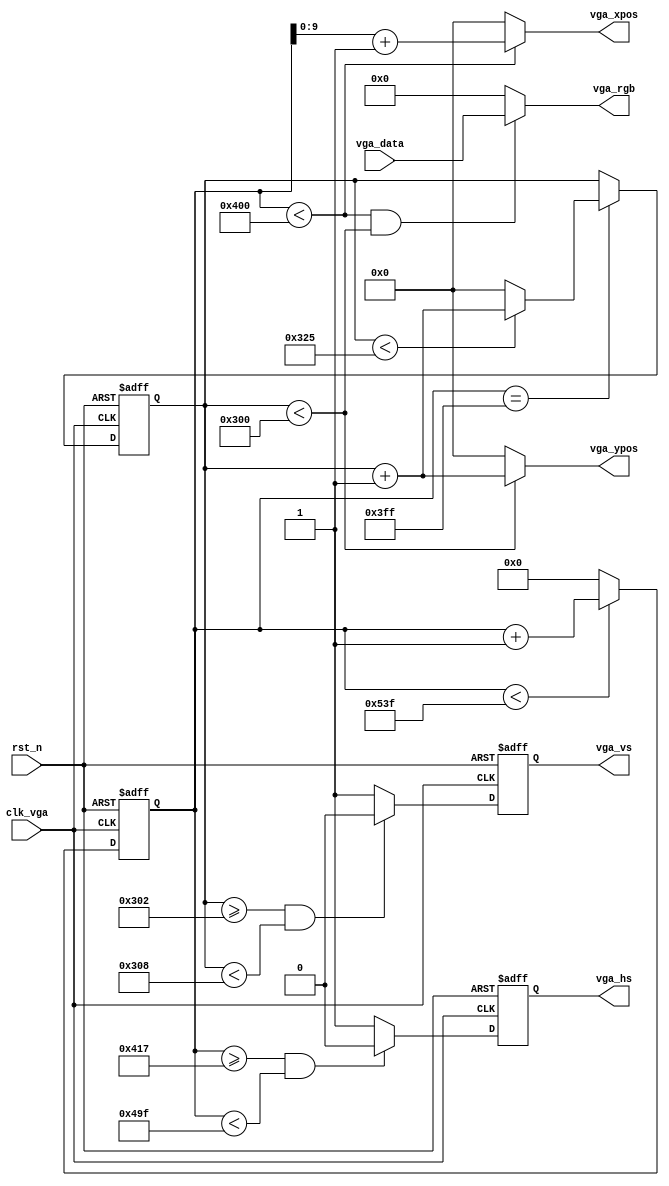
//the vga driver to display the data
module vga_driver
#(
	// VGA_1024_768_60fps_65MHz
	// Horizontal Parameter	( Pixel )
	parameter	H_DISP 	=	11'd1024, 
	parameter	H_FRONT	=	11'd24,	 
	parameter	H_SYNC 	=	11'd136,  
	parameter	H_BACK 	=	11'd160,   
	parameter	H_TOTAL	=	11'd1344, 
	// Virtical Parameter	( Line ) 
	parameter	V_DISP 	=	10'd768,  					
	parameter	V_FRONT	=	10'd3,   
	parameter	V_SYNC 	=	10'd6,    
	parameter	V_BACK 	=	10'd29,   
	parameter	V_TOTAL	=	10'd806  
)
(  	
	input			clk_vga,	// clock of 25MHz
	input			rst_n,     	// reset signal
	
	input	[11:0]	vga_data,
	output	[11:0]	vga_rgb,	// return the displayed colors to the connection
	output	reg		vga_hs,		// VGA 
	output	reg		vga_vs,		// VGA 
	
	output	[9:0]	vga_xpos,	// the X-axis of the pixel
	output	[9:0]	vga_ypos	// the Y-axis of the pixel
);	

//------------------------------------------
// 
reg [10:0] hcnt; 
always @ (posedge clk_vga or negedge rst_n)
begin
	if (!rst_n) begin
		hcnt <= 0;
		// $display("%h",vcnt);
	end
	else
		begin
        if (hcnt < H_TOTAL-1'b1)			
            hcnt <= hcnt + 1'b1;
        else
            hcnt <= 0;
		end
end 

always@(posedge clk_vga or negedge rst_n)
begin
	if(!rst_n)
		vga_hs <= 1;
	else
		begin
        if( (hcnt >= H_DISP+H_FRONT-1'b1) && (hcnt < H_DISP+H_FRONT+H_SYNC-1'b1) )
            vga_hs <= 0;       
        else
            vga_hs <= 1;
		end
end

//------------------------------------------
// 
reg [9:0] vcnt;
always @ (posedge clk_vga or negedge rst_n)
begin
	if (!rst_n) begin
		vcnt <= 0;
		// $display("%h",vcnt);
	end
	else
		begin
		if(hcnt == H_DISP-1)
			begin
			if (vcnt < V_TOTAL-1'b1)			
				vcnt <= vcnt+1'b1;
			else
				vcnt <= 0;   
			end 
		else
			vcnt <= vcnt;
		end
end

always @ (posedge clk_vga or negedge rst_n) 
begin
	if(!rst_n)
		vga_vs <= 1;
	else
		begin
		if( (vcnt >= V_DISP+V_FRONT-1'b1) && (vcnt < V_DISP+V_FRONT+V_SYNC-1'b1) )
            vga_vs <= 0;        
        else
            vga_vs <= 1;		
		end
end

//------------------------------------------
assign	vga_xpos = (hcnt < H_DISP) ? hcnt[9:0]+1'b1 : 10'd0;
assign	vga_ypos = (vcnt < V_DISP) ? vcnt[9:0]+1'b1 : 10'd0;
assign	vga_rgb 	= 	((hcnt < H_DISP) && (vcnt < V_DISP)) ? vga_data : 12'd0;

endmodule